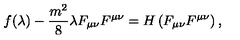
f ( \lambda ) - \frac { m ^ { 2 } } { 8 } \lambda F _ { \mu \nu } F ^ { \mu \nu } = H \left( F _ { \mu \nu } F ^ { \mu \nu } \right) ,